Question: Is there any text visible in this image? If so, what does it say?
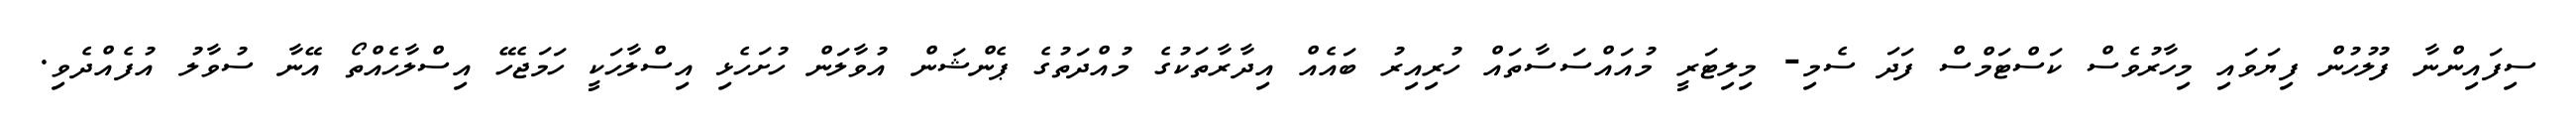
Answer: ސިފައިންނާ ފުލުހުން ފިޔަވައި މިހާރުވެސް ކަސްޓަމްސް ފަދަ ސެމި- މިލިޓަރީ މުއައްސަސާތައް ހުރިއިރު ބައެއް އިދާރާތަކުގެ މުއްދަތުގެ ޕެންޝަން އުވާލަން ހުށަހެޅި އިސްލާހަކީ ހަމަޖެހޭ އިސްލާހެއްތޯ އޭނާ ސުވާލު އުފެއްދެވި.